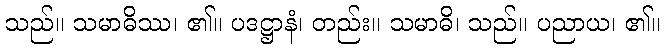
သည်။ သမာဓိဿ၊ ၏။ ပဒဋ္ဌာနံ၊ တည်း။ သမာဓိ၊ သည်။ ပညာယ၊ ၏။